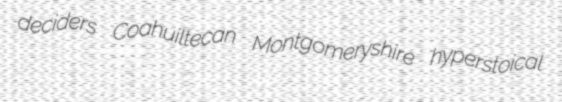
deciders Coahuiltecan Montgomeryshire hyperstoical